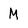
Character: M